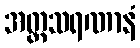
အတ္တသရဏာနံ